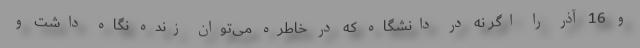
و 16 آذر را اگر نه در دانشگاه که در خاطره می‌توان زنده نگاه داشت و